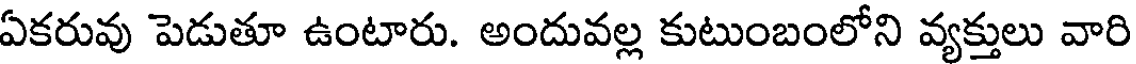
ఏకరువు పెడుతూ ఉంటారు. అందువల్ల కుటుంబంలోని వ్యక్తులు వారి